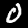
Label: 0